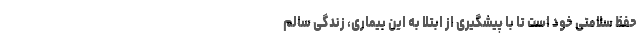
حفظ سلامتی خود است تا با پیشگیری از ابتلا به این بیماری، زندگی سالم